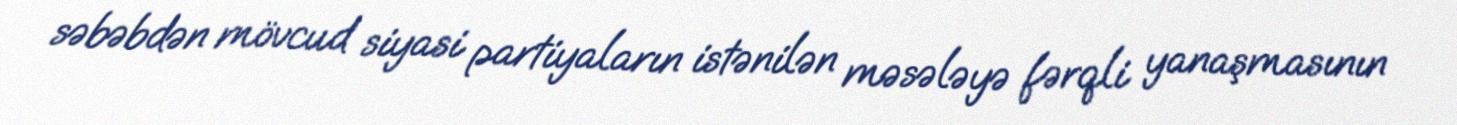
səbəbdən mövcud siyasi partiyaların istənilən məsələyə fərqli yanaşmasının